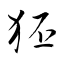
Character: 狉